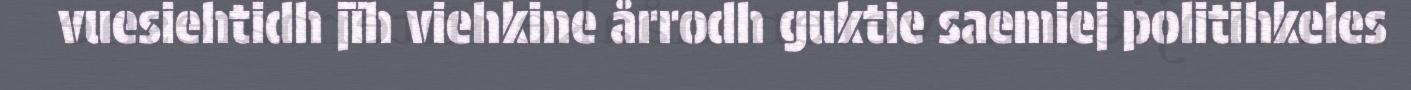
vuesiehtidh jïh viehkine årrodh guktie saemiej politihkeles